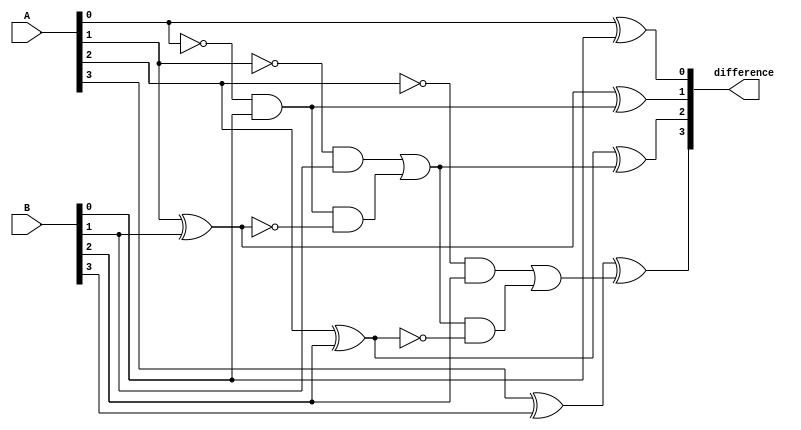
module ripple_subtractor(
    input [3:0] A,
    input [3:0] B,
    output [3:0] difference
);

wire [3:0] borrow;
wire [3:0] carry_out;

assign borrow[0] = ~A[0] & B[0];
assign difference[0] = A[0] ^ B[0];

assign borrow[1] = (~A[1] & B[1]) | (borrow[0] & ~(A[1] ^ B[1]));
assign difference[1] = A[1] ^ B[1] ^ borrow[0];

assign borrow[2] = (~A[2] & B[2]) | (borrow[1] & ~(A[2] ^ B[2]));
assign difference[2] = A[2] ^ B[2] ^ borrow[1];

assign borrow[3] = (~A[3] & B[3]) | (borrow[2] & ~(A[3] ^ B[3]));
assign difference[3] = A[3] ^ B[3] ^ borrow[2];

assign carry_out = borrow[3];

endmodule